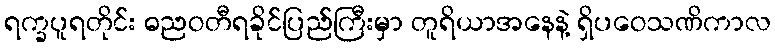
ရက္ခပူရတိုင်း ဓညဝတီရခိုင်ပြည်ကြီးမှာ တူရိယာအနေနဲ့ ရှိပဝေသဏိကာလ